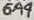
Text: 6A4